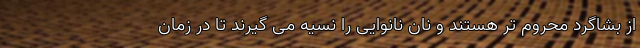
از بشاگرد محروم تر هستند و نان نانوایی را نسیه می گیرند تا در زمان